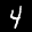
Label: 4